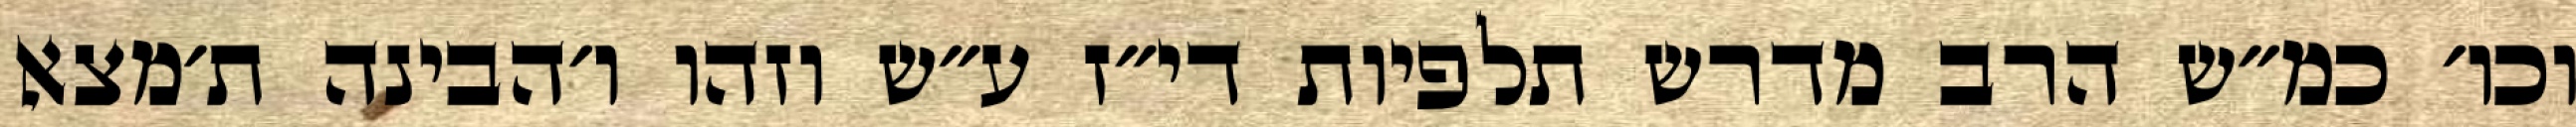
וכו׳ כמ״ש הרב מדרש תלפיות די״ז ע״ש וזהו ו׳הבינה ת׳מצא